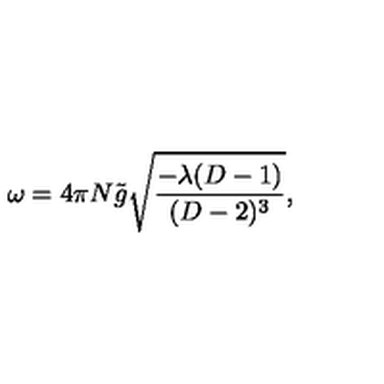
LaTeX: \omega = 4 \pi N { \tilde { g } } \sqrt { \frac { - \lambda ( D - 1 ) } { ( D - 2 ) ^ { 3 } } } ,